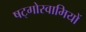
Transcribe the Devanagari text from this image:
षट्गोस्वामियों